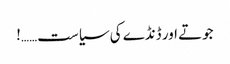
جوتے اور ڈنڈے کی سیاست……!